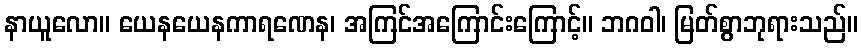
နာယူလော။ ယေနယေနကာရဏေန၊ အကြင်အကြောင်းကြောင့်။ ဘဂဝါ၊ မြတ်စွာဘုရားသည်။